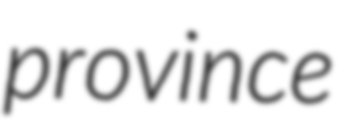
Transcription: province